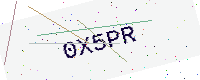
Text: 0X5PR